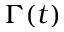
\Gamma ( t )